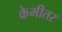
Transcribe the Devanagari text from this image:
केभीतर